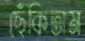
ছেঁকিতাম